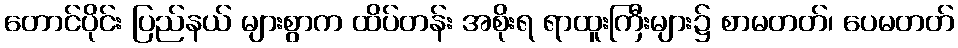
တောင်ပိုင်း ပြည်နယ် များစွာက ထိပ်တန်း အစိုးရ ရာထူးကြီးများ၌ စာမတတ်၊ ပေမတတ်